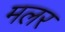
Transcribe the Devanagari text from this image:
मलर